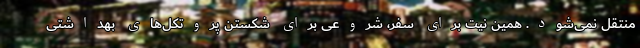
منتقل نمی‌شود. همین نیت برای سفر، شروعی برای شکستن پروتکل‌های بهداشتی